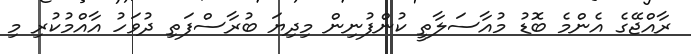
ރާއްޖޭގެ އެންމެ ބޮޑު މުއާސަލާތީ ކުންފުނިން މިދިޔަ ބުރާސްފަތި ދުވަހު އާއްމުކުރި މި